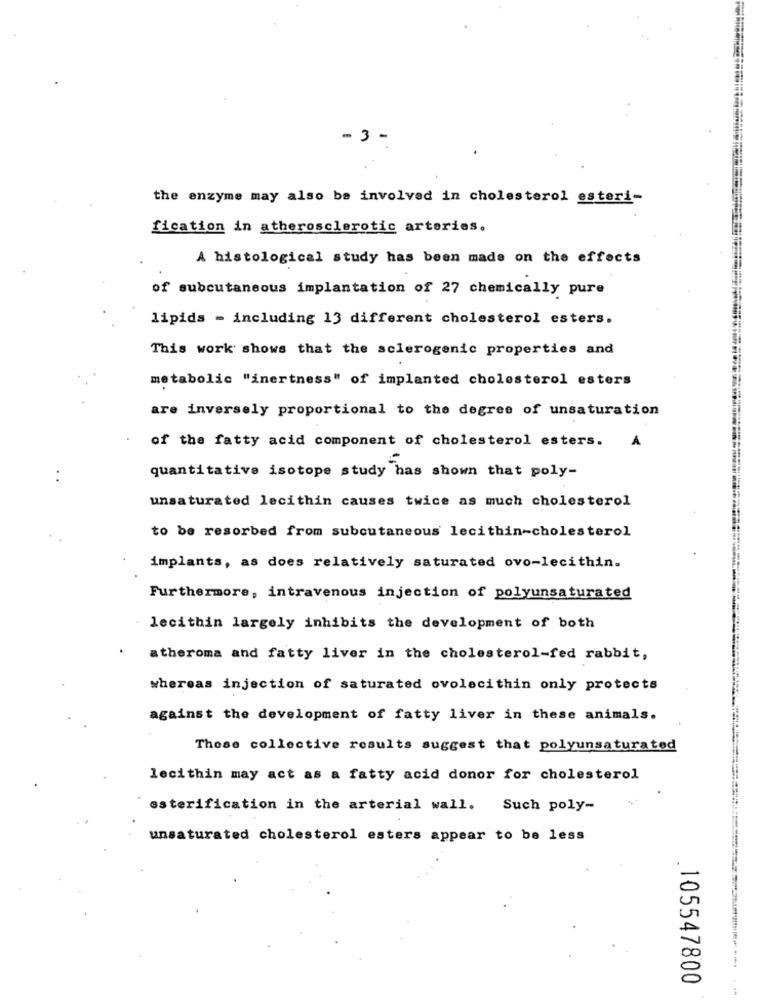
-3 -
the enzyme may also be involved in cholesterol esteri-
fication in atherosclerotic arteries.
A histological study has been made on the effects
of subcutaneous implantation of 27 chemically pure
lipids - including 13 different cholesterol esters.
This work shows that the sclerogenic properties and
metabolic "inertness" of implanted cholesterol esters
are inversely proportional to the degree of unsaturation
of the fatty acid component of cholesterol esters.
A
quantitative isotope study has shown that poly-
unsaturated lecithin causes twice as much cholesterol
to be resorbed from subcutaneous lecithin-cholesterol
implants, as does relatively saturated ovo-lecithin.
Furthermore, intravenous injection of polyunsaturated
lecithin largely inhibits the development of both
atheroma and fatty liver in the cholesterol-fed rabbit,
whereas injection of saturated ovolecithin only protects
against the development of fatty liver in these animals.
These collective results suggest that polyunsaturated
lecithin may act as a fatty acid donor for cholesterol
esterification in the arterial wall. Such poly-
unsaturated cholesterol esters appear to be less
105547800